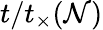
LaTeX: t/t_{\times}(\mathcal{N})